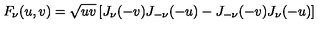
F _ { \nu } ( u , v ) = \sqrt { u v } \left[ J _ { \nu } ( - v ) J _ { - \nu } ( - u ) - J _ { - \nu } ( - v ) J _ { \nu } ( - u ) \right]